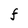
Character: F